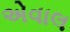
એવાલ